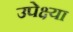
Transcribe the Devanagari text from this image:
उपेक्ष्या